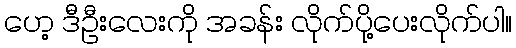
ဟေ့ ဒီဦးလေးကို အခန်း လိုက်ပို့ပေးလိုက်ပါ။